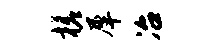
槎犀冶